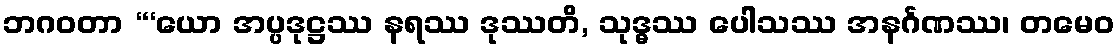
ဘဂဝတာ “‘ယော အပ္ပဒုဋ္ဌဿ နရဿ ဒုဿတိ, သုဒ္ဓဿ ပေါသဿ အနင်္ဂဏဿ၊ တမေဝ